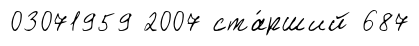
03071959 2007 ста́рший 687